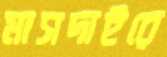
মাসদাইরে